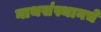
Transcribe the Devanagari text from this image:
नाथसंस्थानचे